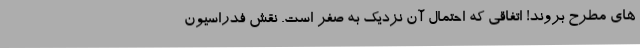
های مطرح بروند! اتفاقی که احتمال آن نزدیک به صفر است. نقش فدراسیون